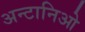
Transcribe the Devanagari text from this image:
अन्टानिओ